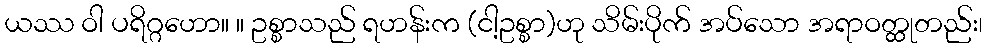
ယဿ ဝါ ပရိဂ္ဂဟော။ ။ ဥစ္စာသည် ရဟန်းက (ငါ့ဥစ္စာ)ဟု သိမ်းပိုက် အပ်သော အရာဝတ္ထုတည်း၊